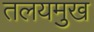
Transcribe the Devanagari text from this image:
तलयमुख